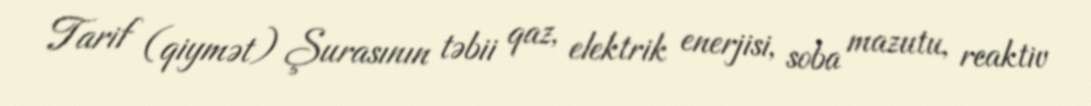
Tarif (qiymət) Şurasının təbii qaz, elektrik enerjisi, soba mazutu, reaktiv